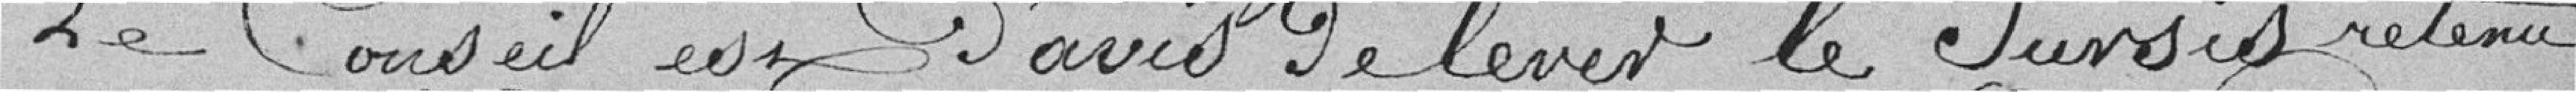
Le Conseil est d'avis de lever le sursis retenu